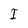
Character: I